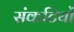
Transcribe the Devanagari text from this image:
संकटियों